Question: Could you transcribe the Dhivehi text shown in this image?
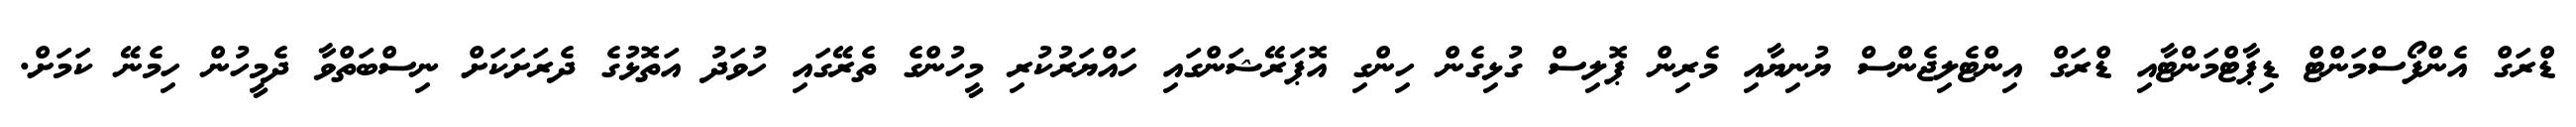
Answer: ޑްރަގް އެންފޯސްމަންޓް ޑިޕާޓްމަންޓާއި ޑްރަގް އިންޓެލިޖެންސް ޔުނިޔާއި މެރިން ޕޮލިސް ގުޅިގެން ހިންގި އޮޕަރޭޝަންގައި ހައްޔަރުކުރި މީހުންގެ ތެރޭގައި ހުވަދު އަތޮޅުގެ ދެރަށަކަށް ނިސްބަތްވާ ދެމީހުން ހިމެނޭ ކަމަށް.